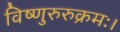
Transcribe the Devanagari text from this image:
विष्णुरुरुक्रमः।